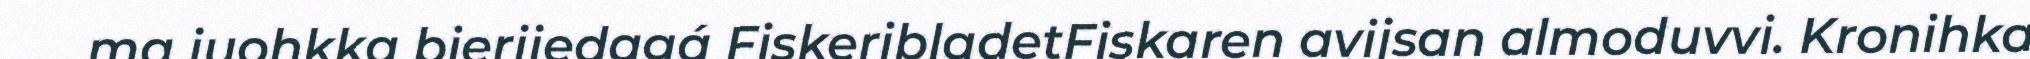
ma juohkka bierjjedagá FiskeribladetFiskaren avijsan almoduvvi. Kronihka